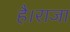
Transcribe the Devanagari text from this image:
है।राजा